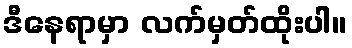
ဒီနေရာမှာ လက်မှတ်ထိုးပါ။